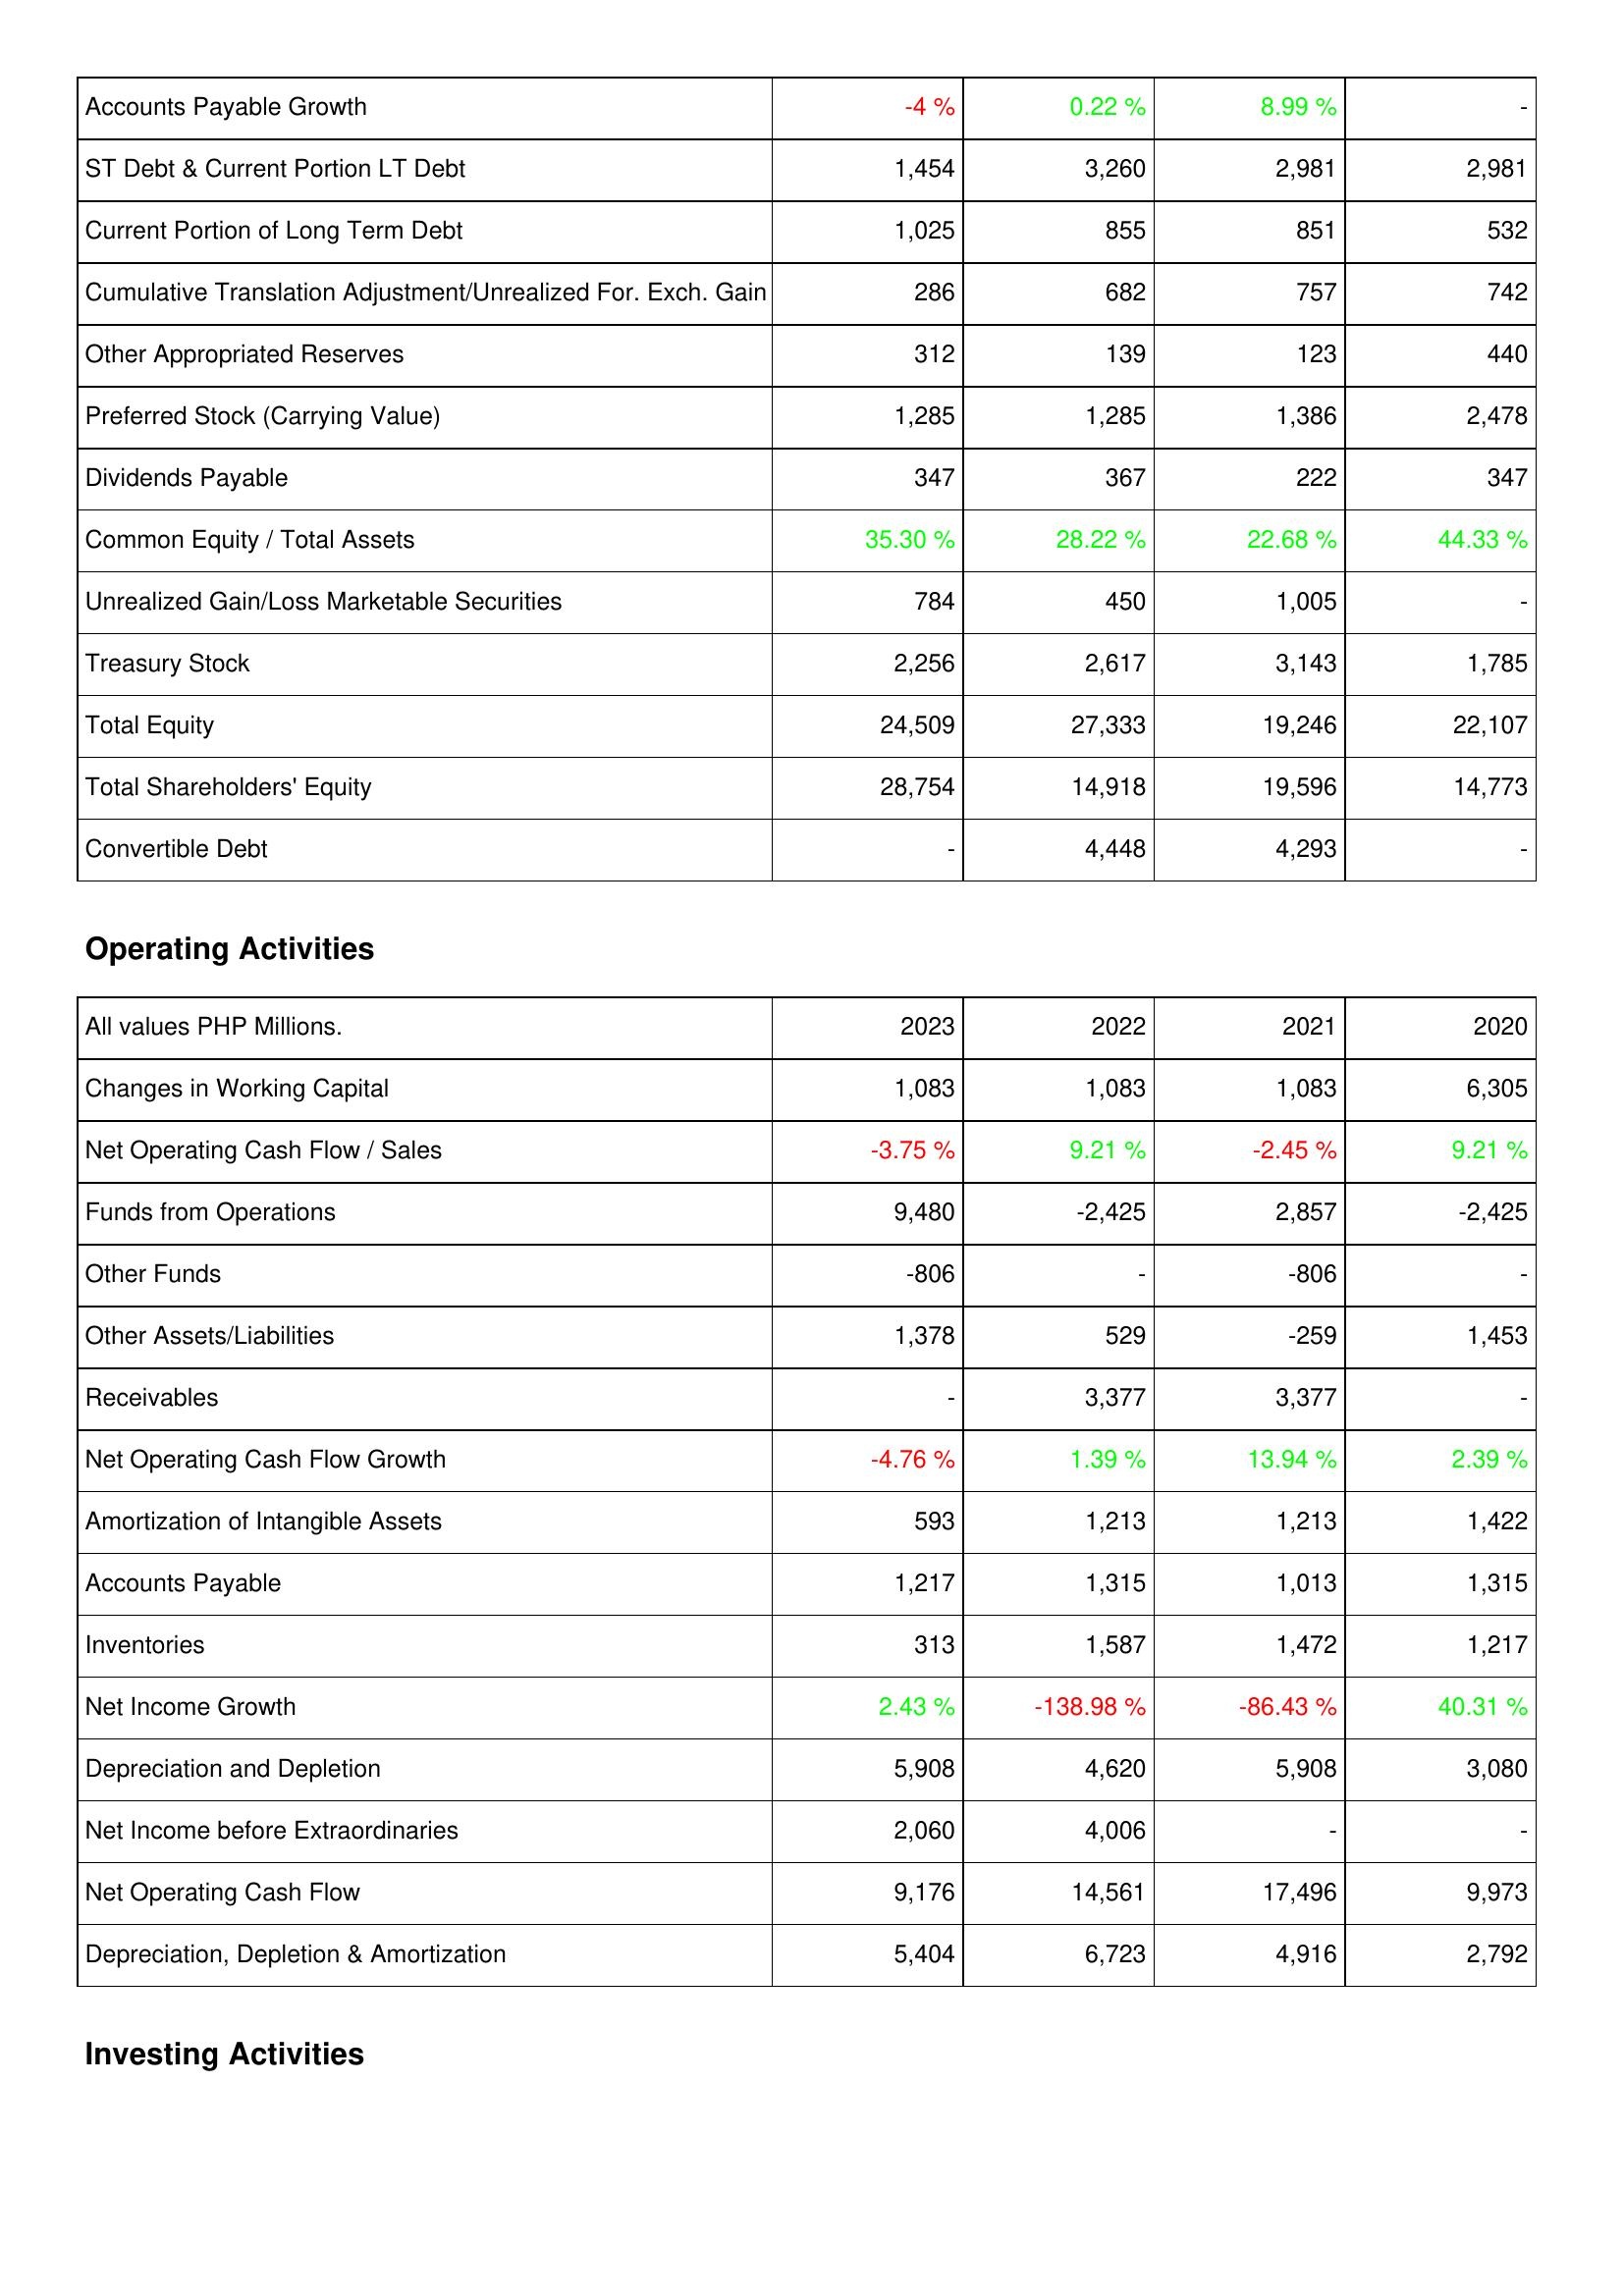
2023: Liabilities & Shareholders' Equity: Accounts Payable Growth: -4 %
ST Debt & Current Portion LT Debt: 1,454
Current Portion of Long Term Debt: 1,025
Cumulative Translation Adjustment/Unrealized For. Exch. Gain: 286
Other Appropriated Reserves: 312
Preferred Stock (Carrying Value): 1,285
Dividends Payable: 347
Common Equity / Total Assets: 35.30 %
Unrealized Gain/Loss Marketable Securities: 784
Treasury Stock: 2,256
Total Equity: 24,509
Total Shareholders' Equity: 28,754
Convertible Debt: -
Operating Activities: Changes in Working Capital: 1,083
Net Operating Cash Flow / Sales: -3.75 %
Funds from Operations: 9,480
Other Funds: -806
Other Assets/Liabilities: 1,378
Receivables: -
Net Operating Cash Flow Growth: -4.76 %
Amortization of Intangible Assets: 593
Accounts Payable: 1,217
Inventories: 313
Net Income Growth: 2.43 %
Depreciation and Depletion: 5,908
Net Income before Extraordinaries: 2,060
Net Operating Cash Flow: 9,176
Depreciation, Depletion & Amortization: 5,404
2022: Liabilities & Shareholders' Equity: Accounts Payable Growth: 0.22 %
ST Debt & Current Portion LT Debt: 3,260
Current Portion of Long Term Debt: 855
Cumulative Translation Adjustment/Unrealized For. Exch. Gain: 682
Other Appropriated Reserves: 139
Preferred Stock (Carrying Value): 1,285
Dividends Payable: 367
Common Equity / Total Assets: 28.22 %
Unrealized Gain/Loss Marketable Securities: 450
Treasury Stock: 2,617
Total Equity: 27,333
Total Shareholders' Equity: 14,918
Convertible Debt: 4,448
Operating Activities: Changes in Working Capital: 1,083
Net Operating Cash Flow / Sales: 9.21 %
Funds from Operations: -2,425
Other Funds: -
Other Assets/Liabilities: 529
Receivables: 3,377
Net Operating Cash Flow Growth: 1.39 %
Amortization of Intangible Assets: 1,213
Accounts Payable: 1,315
Inventories: 1,587
Net Income Growth: -138.98 %
Depreciation and Depletion: 4,620
Net Income before Extraordinaries: 4,006
Net Operating Cash Flow: 14,561
Depreciation, Depletion & Amortization: 6,723
2021: Liabilities & Shareholders' Equity: Accounts Payable Growth: 8.99 %
ST Debt & Current Portion LT Debt: 2,981
Current Portion of Long Term Debt: 851
Cumulative Translation Adjustment/Unrealized For. Exch. Gain: 757
Other Appropriated Reserves: 123
Preferred Stock (Carrying Value): 1,386
Dividends Payable: 222
Common Equity / Total Assets: 22.68 %
Unrealized Gain/Loss Marketable Securities: 1,005
Treasury Stock: 3,143
Total Equity: 19,246
Total Shareholders' Equity: 19,596
Convertible Debt: 4,293
Operating Activities: Changes in Working Capital: 1,083
Net Operating Cash Flow / Sales: -2.45 %
Funds from Operations: 2,857
Other Funds: -806
Other Assets/Liabilities: -259
Receivables: 3,377
Net Operating Cash Flow Growth: 13.94 %
Amortization of Intangible Assets: 1,213
Accounts Payable: 1,013
Inventories: 1,472
Net Income Growth: -86.43 %
Depreciation and Depletion: 5,908
Net Income before Extraordinaries: -
Net Operating Cash Flow: 17,496
Depreciation, Depletion & Amortization: 4,916
2020: Liabilities & Shareholders' Equity: Accounts Payable Growth: -
ST Debt & Current Portion LT Debt: 2,981
Current Portion of Long Term Debt: 532
Cumulative Translation Adjustment/Unrealized For. Exch. Gain: 742
Other Appropriated Reserves: 440
Preferred Stock (Carrying Value): 2,478
Dividends Payable: 347
Common Equity / Total Assets: 44.33 %
Unrealized Gain/Loss Marketable Securities: -
Treasury Stock: 1,785
Total Equity: 22,107
Total Shareholders' Equity: 14,773
Convertible Debt: -
Operating Activities: Changes in Working Capital: 6,305
Net Operating Cash Flow / Sales: 9.21 %
Funds from Operations: -2,425
Other Funds: -
Other Assets/Liabilities: 1,453
Receivables: -
Net Operating Cash Flow Growth: 2.39 %
Amortization of Intangible Assets: 1,422
Accounts Payable: 1,315
Inventories: 1,217
Net Income Growth: 40.31 %
Depreciation and Depletion: 3,080
Net Income before Extraordinaries: -
Net Operating Cash Flow: 9,973
Depreciation, Depletion & Amortization: 2,792